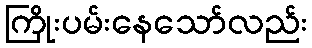
ကြိုးပမ်းနေသော်လည်း